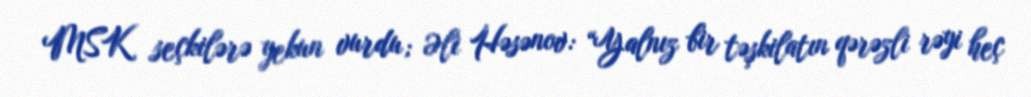
MSK seçkilərə yekun vurdu; Əli Həsənov: “Yalnız bir təşkilatın qərəzli rəyi heç